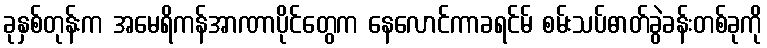
ခုနှစ်တုန်းက အမေရိကန်အာဏာပိုင်တွေက နေလောင်ကာခရင်မ် စမ်းသပ်ဓာတ်ခွဲခန်းတစ်ခုကို